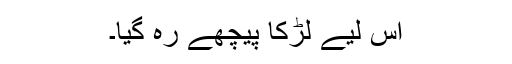
اس لیے لڑکا پیچھے رہ گیا۔